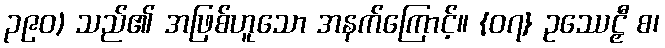
၃၉၀) သည်၏ အဖြစ်ဟူသော အနက်ကြောင့်။ {၀၇} ဥဿေဠှီ စ၊